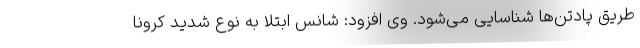
طریق پادتن‌ها شناسایی می‌شود. وی افزود: شانس ابتلا به نوع شدید کرونا